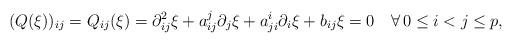
\begin{align*} (Q(\xi))_{ij}=Q_{ij}(\xi)=\partial^2_{ij}\xi+a_{ij}^j\partial_j\xi+a_{ji}^i\partial_i\xi+b_{ij}\xi=0\quad\forall\, 0\leq i<j\leq p,\end{align*}